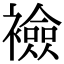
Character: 襝